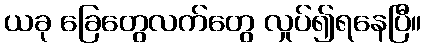
ယခု ခြေတွေလက်တွေ လှုပ်၍ရနေပြီ။